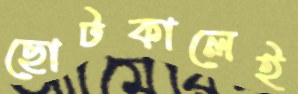
ছোটকালেই